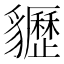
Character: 𧴠